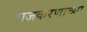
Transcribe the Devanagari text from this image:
राजकरणाच्या